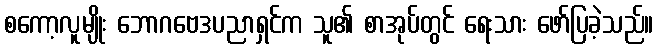
စကော့လူမျိုး ဘောဂဗေဒပညာရှင်က သူ၏ စာအုပ်တွင် ရေးသား ဖော်ပြခဲ့သည်။